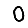
Digit: 0